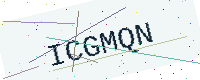
Text: ICGMQN